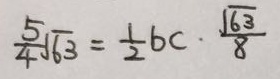
\frac { 5 } { 4 } \sqrt { 6 3 } = \frac { 1 } { 2 } b c \cdot \frac { \sqrt { 6 3 } } { 8 }